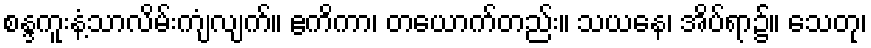
စန္ဒကူးနံ့သာလိမ်းကျံလျက်။ ဧကိကာ၊ တယောက်တည်း။ သယနေ၊ အိပ်ရာ၌။ သေတု၊